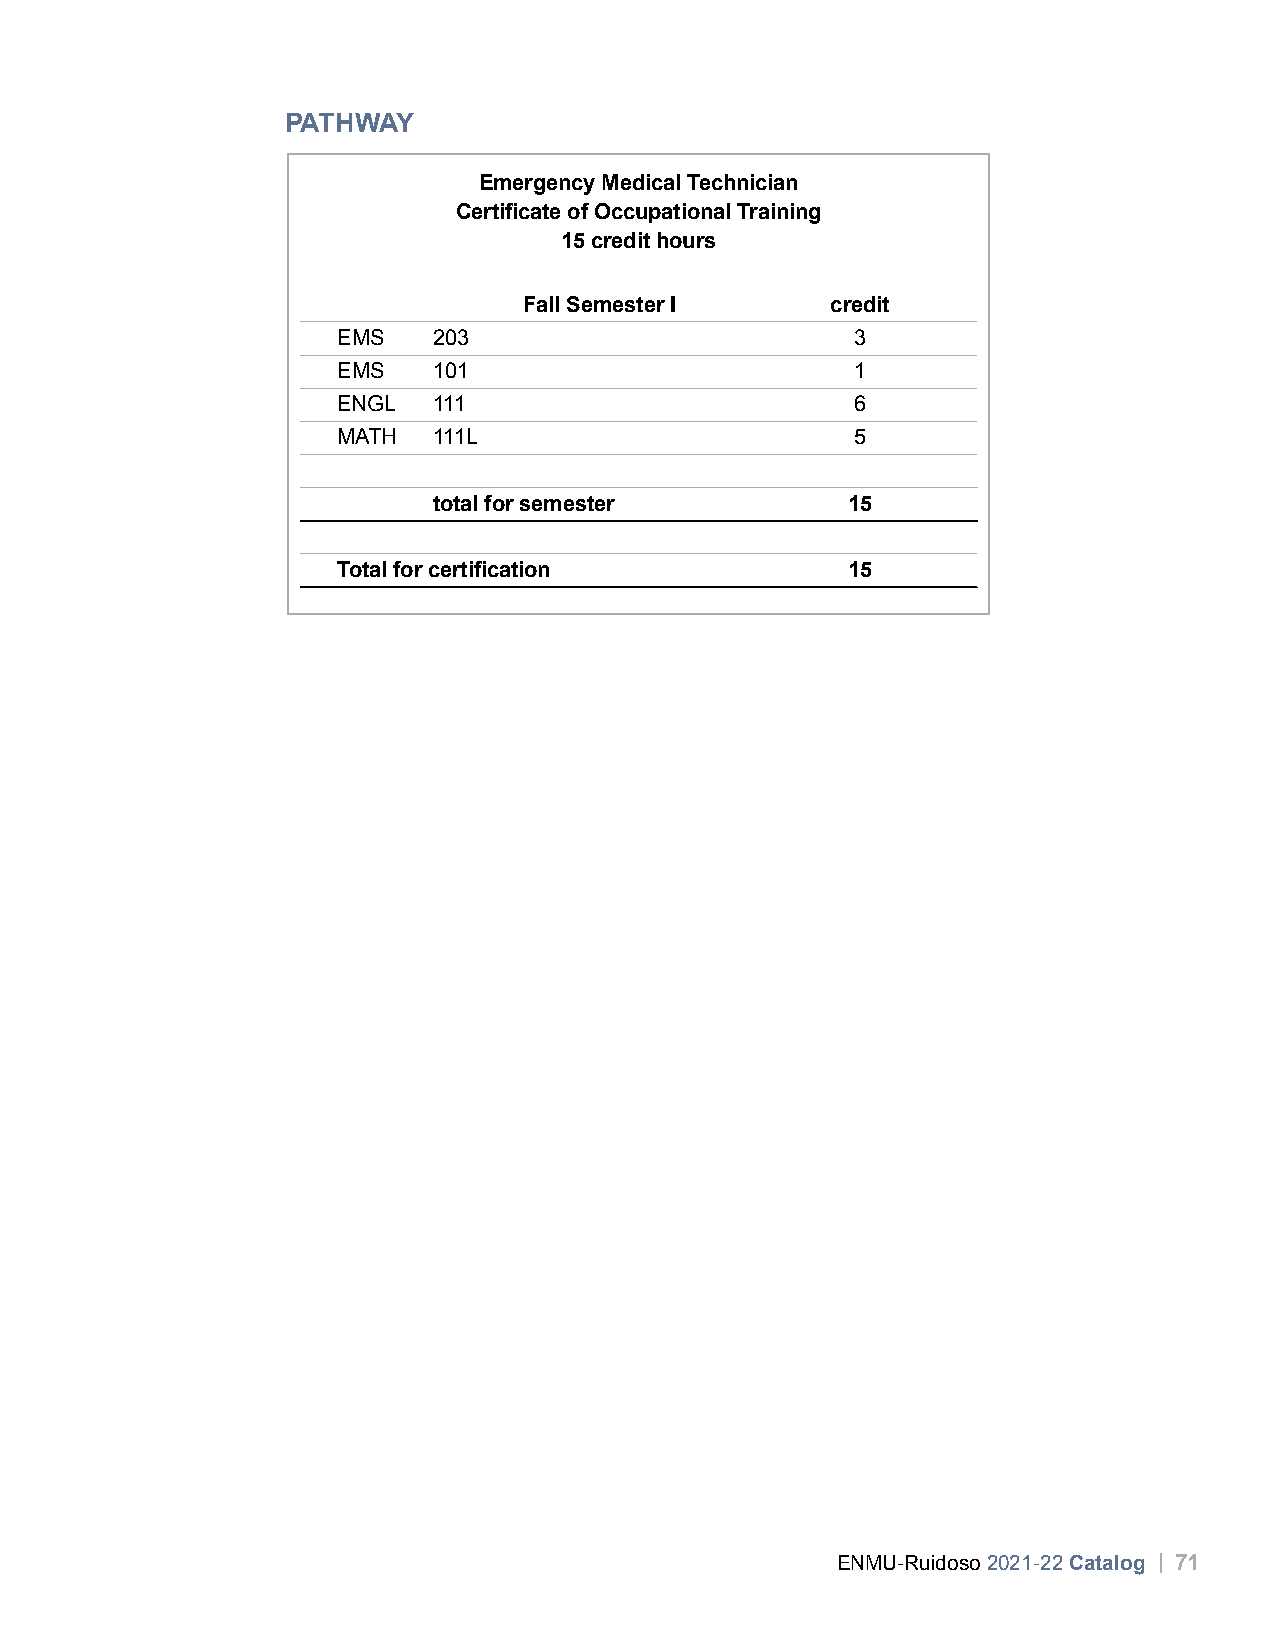
PATHWAY
 Emergency Medical Technician
 Certificate of Occupational Training
 15 credit hours
 Fall Semester I     credit
 EMS    203                         3
 EMS    101                         1
 ENGL   111                         6
 MATH   111L                        5
 total for semester         15
 Total for certification           15
 ENMU-Ruidoso 2021-22 Catalog | 71